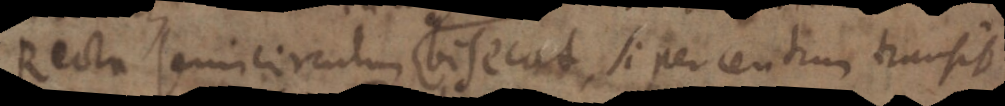
Recta semicirculum bisecat, si per centrum transit